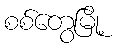
စစ်တွေမြို့